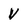
Character: V